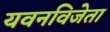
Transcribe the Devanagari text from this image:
यवनविजेता